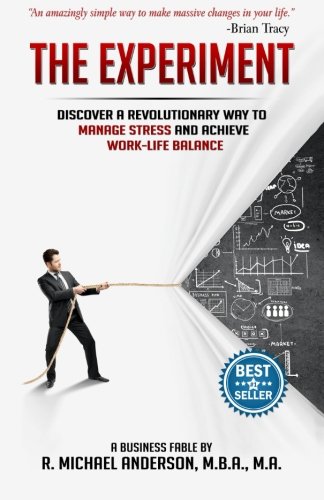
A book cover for The Experiment: Discover a Revolutionary Way to Manage Stress and Achieve Work-Life Balance (The Experiments) (Volume 1); R. Michael Anderson; Business & Money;